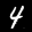
Label: 4